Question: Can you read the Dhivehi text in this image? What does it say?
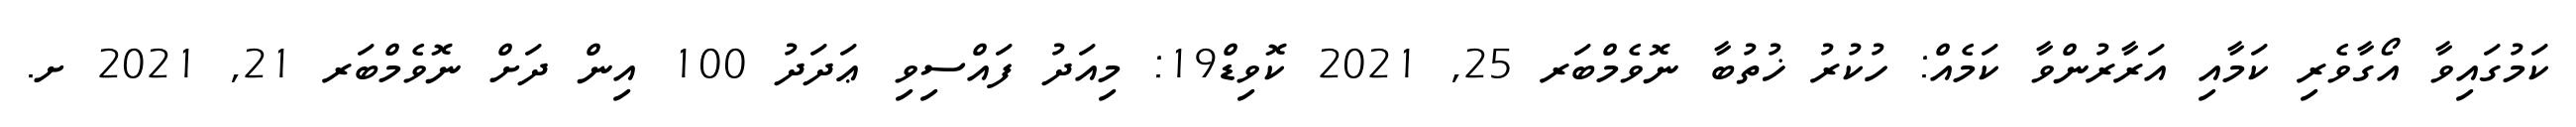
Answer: ކަމުގައިވާ އޯގާވެރި ކަމާއި އަރާރުންވާ ކަމެއް: ހުކުރު ޚުތުބާ ނޮވެމްބަރ 25, 2021 ކޮވިޑް19: މިއަދު ފައްސިވި ޢަދަދު 100 އިން ދަށް ނޮވެމްބަރ 21, 2021 ށ.